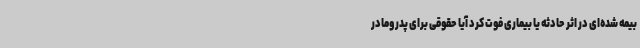
بیمه شده‌ای در اثر حادثه یا بیماری فوت کرد آیا حقوقی برای پدر ومادر